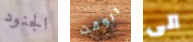
الجنود الوقت الى